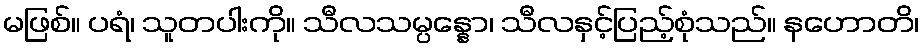
မဖြစ်။ ပရံ၊ သူတပါးကို။ သီလသမ္ပန္နော၊ သီလနှင့်ပြည့်စုံသည်။ နဟောတိ၊